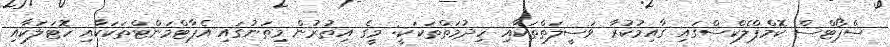
ސްޕޯޓްސް ކޮމްޕްލެކްސްގައި ގާއިމުކުރާ ވަސީލަތްތަކާއި ހިދުމަތްތަކަކީ: މީގެ އިތުރުން މިތަނުގައި އެޕާޓްމަންޓްތަކަކާއި ހޮޓަލަކާއި